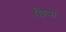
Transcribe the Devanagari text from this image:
छित्रा